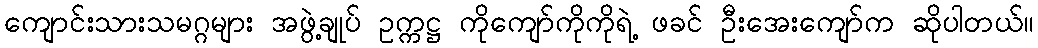
ကျောင်းသားသမဂ္ဂများ အဖွဲ့ချုပ် ဥက္ကဋ္ဌ ကိုကျော်ကိုကိုရဲ့ ဖခင် ဦးအေးကျော်က ဆိုပါတယ်။